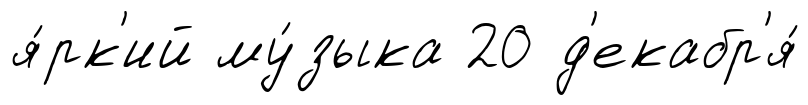
я́рк'ий му́зыка 20 д'екабр'я́